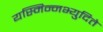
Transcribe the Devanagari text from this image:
यस्मिन्नभ्युदिते